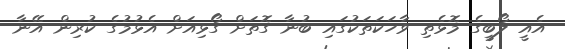
އެއީ ލޯބީގެ މޮޅެތި ވާހަކަތަކުގައި ބުނާ ގޮތަށް ގޯޅިއަށް އެޅުމުގެ ކުރިން އޭނާ